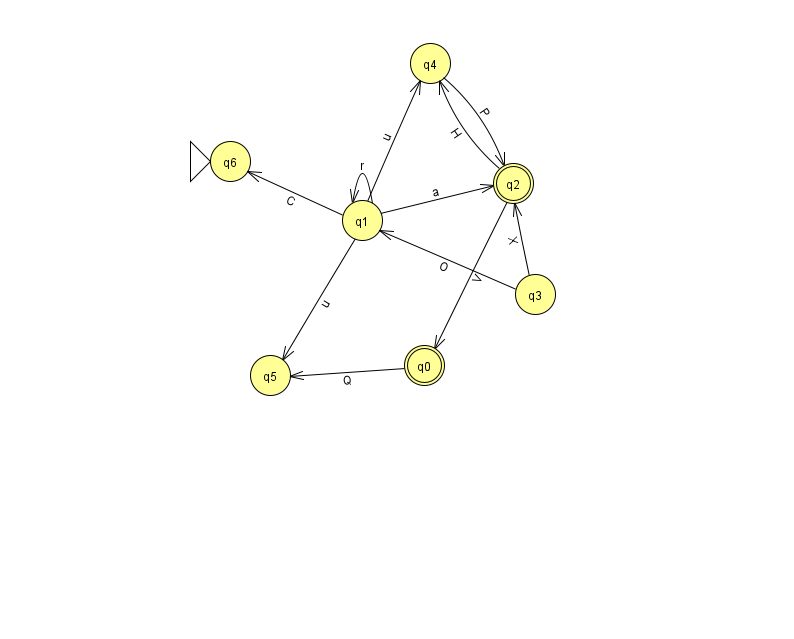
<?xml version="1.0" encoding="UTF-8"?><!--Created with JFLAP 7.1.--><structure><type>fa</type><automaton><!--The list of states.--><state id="0" name="q0"><x>424.0</x><y>352.0</y><final/></state><state id="1" name="q1"><x>362.0</x><y>207.0</y></state><state id="2" name="q2"><x>513.0</x><y>170.0</y><final/></state><state id="3" name="q3"><x>535.0</x><y>281.0</y></state><state id="4" name="q4"><x>430.0</x><y>50.0</y></state><state id="5" name="q5"><x>270.0</x><y>362.0</y></state><state id="6" name="q6"><x>230.0</x><y>148.0</y><initial/></state><!--The list of transitions.--><transition><from>1</from><to>4</to><read>u</read></transition><transition><from>3</from><to>1</to><read>O</read></transition><transition><from>1</from><to>1</to><read>r</read></transition><transition><from>2</from><to>4</to><read>H</read></transition><transition><from>1</from><to>6</to><read>C</read></transition><transition><from>1</from><to>5</to><read>u</read></transition><transition><from>1</from><to>2</to><read>a</read></transition><transition><from>0</from><to>5</to><read>Q</read></transition><transition><from>4</from><to>2</to><read>P</read></transition><transition><from>2</from><to>0</to><read>V</read></transition><transition><from>3</from><to>2</to><read>X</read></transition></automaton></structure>